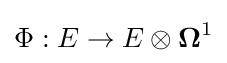
\Phi :E\to E\otimes {\boldsymbol {\Omega }}^{1}